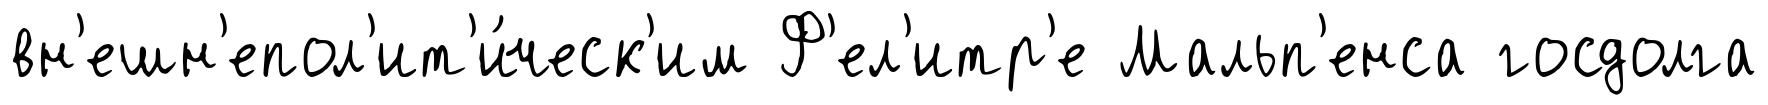
вн'ешн'епол'ит'и́ческ'им Ф'ел'итр'е Мальп'енса госдолга